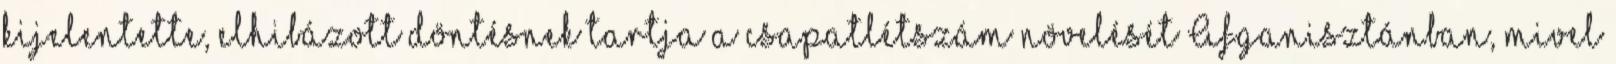
kijelentette, elhibázott döntésnek tartja a csapatlétszám növelését Afganisztánban, mivel